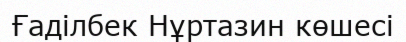
Ғаділбек Нұртазин көшесі